Vital statistics of India. Vol. IV, Annual returns from 1871 to 1876. British Army of India, Native Army and jails of Bengal
Year: 1871
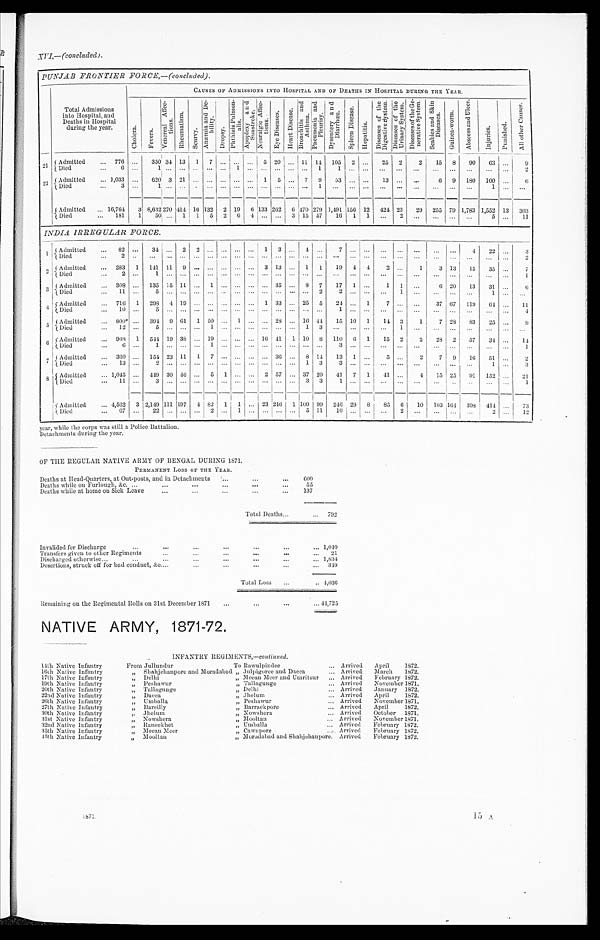
XVI,—(concluded).
PUNJAB FRONTIER FORCE,—(concluded).
CAUSES OF ADMISSIONS INTO HOSPITAL AND OF DEATHS IN HOSPITAL DURING THE YEAR.
Total Admissions
into Hospital, and
Deaths in Hospital
during the year.
Ch o l e r a .
F e v e r s
V e n e r e a l A f f e c t i o n s .
R h e u m a t i s m .
S c u r v y .
A n æ m i a a n d D e b i l i t y .
D r o p s y .
P h t h i s i s P u l m o n a l i s .
A p o p l e x y a n d S u n s t r o k e .
N e u r a l g i c A f f e c t i o n s .
E y e D i s e a s e s .
H e a r t D i s e a s e .
B r o n c h i t i s a n d A s t h m a .
P n e u m o n i a a n d P l e u r i s y . D y s e n t e r y a n d D i a r r h œ a .
S p l e e n D i s e a s e .
H e p a t i t i s .
D i s e a s e s o f t h e D i g e s t i v e S y s t e m . D i s e a s e s o f t h e U r i n a r y S y s t e m .
D i s e a s e s o f t h e G e n e r a t i v e S y s t e m .
S e a b i e s a n d S k i n D i s e a s e s .
G u i n e a - w o r m .
A b s c e s s a n d U l c e r .
I n j u r i e s .
P u n i s h e d .
A l l O t h e r C a u s e s .
2 1
Admitted
Died
... 776 ...
350 34 13 1
7 ... ... ...
5 20 ...
11 14 105
2 ...
25
2
2
15
8 90
63 ...
9
. . . 6 ...
1 . . .
. . .
. . . . . . . . . 1
. . .
. . .
. . .
. . .
. . .
1 1
. . . . . .
. . .
. . .
. . .
. . .
. . . ...
. . . . . .
2
2 2 Admitted
Died
... 1,033 ...
620
3 21 ... ... ... ... ...
1
5 ...
7
9 53 ... ...
13 ...
...
6 9
1 8 0
1 0 0
. . .
6
. . .
3 ...
1
. . .
. . .
.
. . . ...
...
. . .
. . .
. . .
. . .
. . .
1 ...
. . . . . .
. . .
. . .
. . .
. . .
. . . ...
1
. . .
. . .
Admitted
Died
... 16,764
3 8,632270 414 16 132 2 19
6 133 262
6 470 279
1 , 4 9 1
156 12 424 23
29 255
7 9
1,783 1,552 13
303
. . . 181
1
50
. . .
1
1
5
2 6
4
. . .
. . . 3 15 57
16
1
1
. . .
2
. . .
. . .
. . .
...
5 . . .
1 1
INDIA IRREGULAR FORCE.
1 Admitted
Died
...
82 ...
34
. . . 2
2
. . . . . . ...
. . .
1 3
. . .
4
. . .
7
. . . . . .
. . .
. . .
. . .
. . .
. . .
4
2 2 . . .
3
. . .
2 ..
. . . . . .
. . .
. . .
. . . ... ...
. . .
. . .
. . . . . .
. . . . . .
. . .
. . .
. . .
. . .
. . .
. . .
. . .
. . .
...
. . . . . .
2
2 Admitte
d Died
... 283
1
1 4 1
1 1
9
. . .
. . . ... ...
. . .
3 13 ...
1
1
1 9
4 4
2
. . .
1
3 13
15
35 . . .
7
. . .
2 ...
1
. . .
. . .
. . .
. . . ... ...
. . .
. . .
. . .
. . .
. . . . . .
. . .
. . .
. . .
. . .
. . .
. . .
. . .
. . . ...
. . . . . .
1
3 Admitted
D i e d
... 308 ... 135
1 5
1 1
. . .
1 ... ...
. . .
. . . 35 ... 8
7
1 7
1
. . .
1
1
. . .
6 20
13
31 ...
6
. . .
1 1
...
5
. . .
. . .
. . .
. . . ... ...
. . . . . .
. . .
. . .
. . . 2
2
. . . . . .
. . .
1
. . .
. . .
. . . ...
1
. . .
. . .
4 Admitted
Died
. . . 716
1
2 9 8
4 19
. . . ... ... ... ...
1 33 ... 25
5
2 4 . . .
1
7
. . .
. . .
3 7 67
1 1 9
6 4 . . .
1 1
. . .
1 0 ...
5
. . .
. . .
. . .
. . . ... ...
. . . . . .
. . .
. . .
. . .
. . . 1
. . . . . .
. . .
. . .
. . .
. . .
. . . ...
. . . . . .
4
5 Admitted
Died
. . . 800 ‫٭‬ ... 394 9
6 1
1
5 0 . . .
1
. . .
. . .
2 8
. . . 16
4 4 15
1 0 1
1 4
3
1
7
2 8 83
25
. . .
9
. . . 12 ...
5
. . .
. . .
. . .
1 ...
. . . . . .
. . .
. . .
. . .
1
3 ...
. . . . . .
. . .
1
. . .
. . .
. . . ...
. . . ...
. . .
6 Admitted
Died
...
9 6 8
1
5 4 4
1 9 38 ... 19 ... ... ...
1 6
4 1
1
1 0
8
110
6
1
1 5 2
2 28 2
57
3 4 . . .
1 4
. . .
6 ...
1
. . .
. . .
. . . 1 ... ...
. . .
. . .
. . .
. . .
. . .
. . .
3
. . . . . .
. . .
. . .
. . .
. . .
. . . ...
. . . . . .
1
7 Admitted
Died
... 360 ... 154 23
1 1
1
7 . . . ...
. . .
. . .
3 6
. . .
8
1 4 13
1
. . .
5 . . .
2
7 9
1 6
5 1 . . .
2
. . .
1 3
...
2
. . .
. . .
. . .
. . . ... ...
. . .
. . .
. . .
. . .
1
3 3
. . . . . .
. . .
. . .
. . .
. . .
. . . ...
1 . . .
3
8 Admitted
D i e d
... 1,045 ... 449 30 46 ...
5
1 ...
. . .
2 57 ... 37
2 0 41
7
1
4 1
. . .
4
1 5 25
9 1 152 ...
2 1
. . .
1 1
...
3
. . .
. . .
. . . . . . . . . ...
. . .
. . .
. . .
. . . 3 3
1
. . . . . .
. . .
. . .
. . .
. . .
...
. . . . . .
1
Admitted
Died
. . . 4,562
3
2,149
1 1 1
1 9 7
4
8 2
1
1
. . .
23
2 4 6
1
109
9 9
246 29 8
85
1 0
1 0
1 0 3
1 6 4 398
4 1 4
. . .
7 3
. . . 67 ...
22 ... ... ... 2 ...
1
. . .
. . .
. . .
. . .
5
1 1
1 0 . . . . . .
. . . 2
. . .
. . .
. . .
...
2 . . .
1 2
year, while the corps was still a Police Battalion.
Detachments during the year.
OF TIIE REGULAR NATIVE ARMY OF BENGAL DURING 1871.
PERMANENT Loss OF THE YEAR.
Deaths at Head-Quarters, at Out-posts, and in Detachments
. . .
. . . . . .
6 0 0
Deaths while on Furlough , &c. ...
...
...
. . .
. . .
. . .
55
Deaths while at home on Sick Leave
. . . ...
. . .
. . .
. . .
137
Total Deaths
. . .
... 792
Invalided for Discharge
...
...
...
...
. . .
. . .
...
1 , 0 4 0
Transfers given to other Regiments
. . .
. . .
. . .
. . .
. . .
. . .
2 1
Discharged otherwise
. . .
...
...
...
. . .
. . .
. . .
. . . 1,834
Desertions, struck off for bad conduct, &c . . . .
. . .
. . .
. . .
. . .
. . .
3 4 9
Total Loss
. . .
. .
4 , 0 3 6
Remaining on the Regimental Rolls on 31st December 1871
. . .
. . .
. . .
. . .
44,725
NATIVE ARMY, 1871-72.
INFANTRY REGIMENTS, —continued.
14th Native Infantry
From Jullundur
To Rawulpindee
... Arrived
April
1872.
16th Native Infantry
„ Shahjehanpore and Moradabad „ Julpigoree and Dacca
. . . Arrived
March
1872.
17th Native Infantry
„ Delhi
„ Meean Meer and Umritsur ... Arrived
February 1872.
19th Native Infantry
„ Peshawur
„ Tallagunge
... Arrived
November 1871.
20th Native Infantry
„ Tallagunge
„ Delhi
... Arrived
January 1872.
22nd Native Infantry
„ Dacca
„ Jhelum
... A rrived
April
1872.
26th Native Infantry
„
Umballa
„ Peshawur
... Arrived
November 1871.
27th Native Infantry
„ Bareilly
„ Barrackpore
... Arrived
April
1872.
30th Native Infantry
,. Jhelum
„ Nowshera
... Arrived
October 1871.
31st Native Infantry
„ Nowshera
„ Mooltan
. . . Arrived
November 1871.
32nd Native Infantry
„ Raneekhet
„ Umballa
. . . Arrived
February 1872.
35th Native Infantry
„
Meean Meer
„ Cawnpore
... Arrived
February 1872.
45th Native Infantry
„
Mooltan
„ Moradabad and Shahjehanpore.
Arrived
February 1872.
1 8 7 1 .
15 A